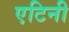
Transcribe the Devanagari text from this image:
एटिनी